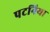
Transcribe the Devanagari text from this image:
पटनिया